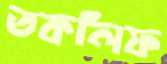
তকলিফ